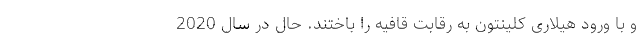
و با ورود هیلاری کلینتون به رقابت قافیه را باختند. حال در سال 2020